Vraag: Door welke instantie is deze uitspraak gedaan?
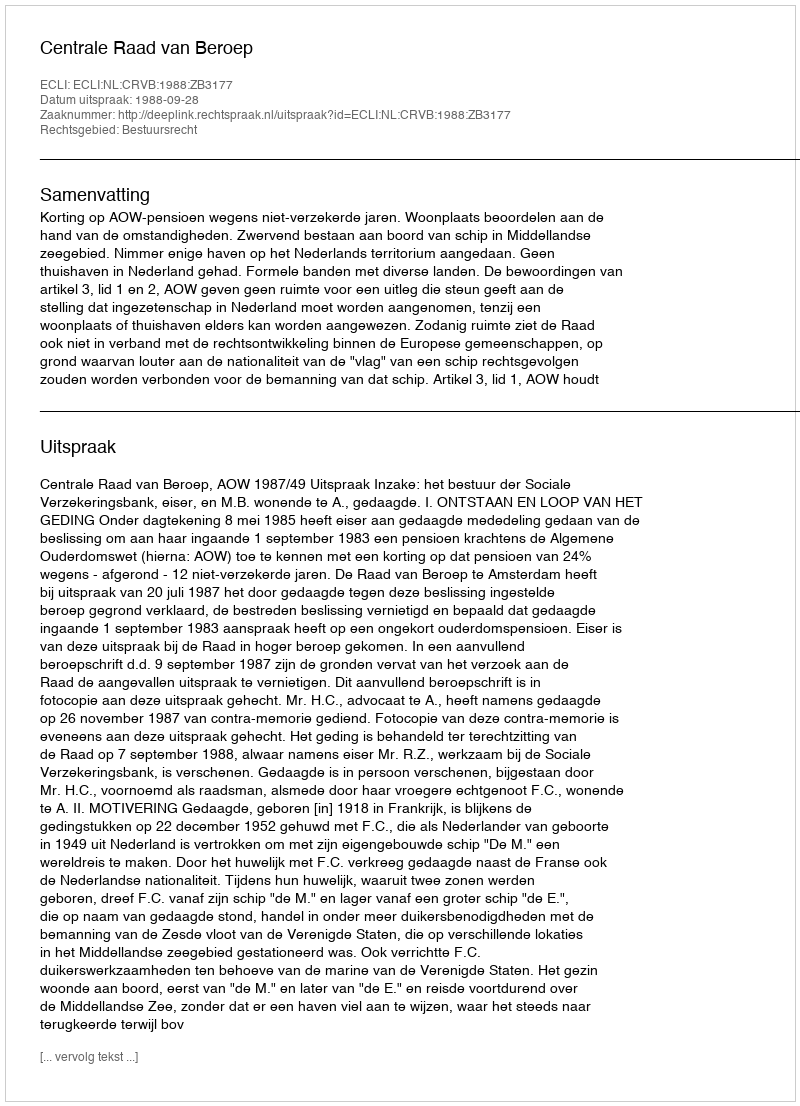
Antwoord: Centrale Raad van Beroep